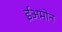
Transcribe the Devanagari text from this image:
ईअमोन